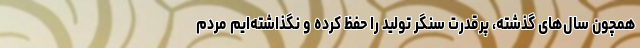
همچون سال‌های گذشته، پرقدرت سنگر تولید را حفظ کرده و نگذاشته‌ایم مردم